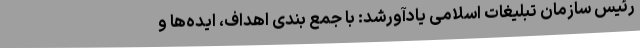
رئیس سازمان تبلیغات اسلامی یادآورشد: با جمع بندی اهداف، ایده‌ها و